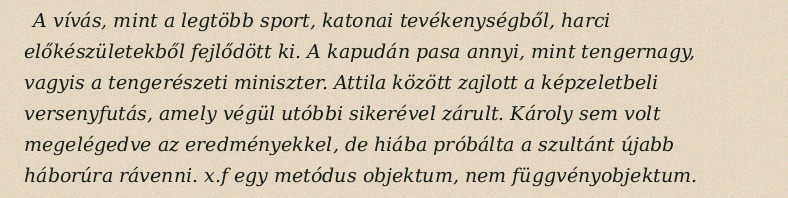
A vívás, mint a legtöbb sport, katonai tevékenységből, harci előkészületekből fejlődött ki. A kapudán pasa annyi, mint tengernagy, vagyis a tengerészeti miniszter. Attila között zajlott a képzeletbeli versenyfutás, amely végül utóbbi sikerével zárult. Károly sem volt megelégedve az eredményekkel, de hiába próbálta a szultánt újabb háborúra rávenni. x.f egy metódus objektum, nem függvényobjektum.